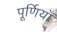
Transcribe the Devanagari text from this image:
पूर्णियाँ